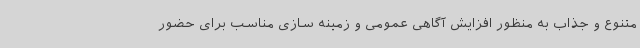
متنوع و جذاب به منظور افزایش آگاهی عمومی و زمینه سازی مناسب برای حضور